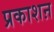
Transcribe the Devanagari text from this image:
प्रकाशऩ